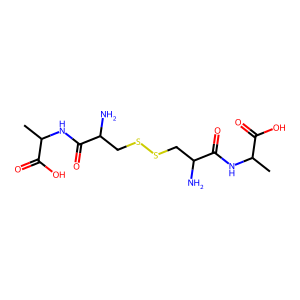
SMILES: CC(NC(=O)C(N)CSSCC(N)C(=O)NC(C)C(=O)O)C(=O)O
Inhibits HIV replication: No